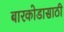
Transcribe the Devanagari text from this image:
बारकोडासाठी